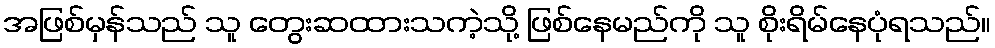
အဖြစ်မှန်သည် သူ တွေးဆထားသကဲ့သို့ ဖြစ်နေမည်ကို သူ စိုးရိမ်နေပုံရသည်။